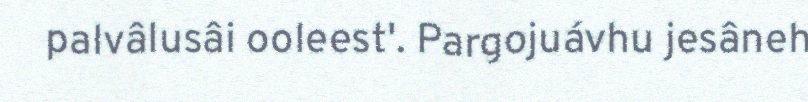
palvâlusâi ooleest'. Pargojuávhu jesâneh